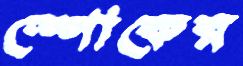
স্পোকের